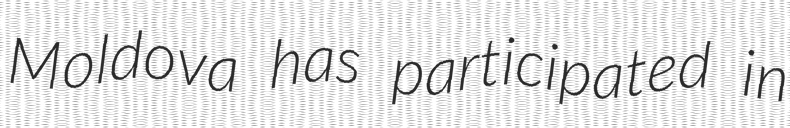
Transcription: Moldova has participated in